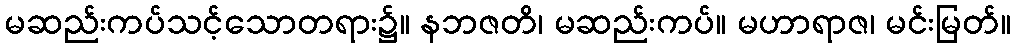
မဆည်းကပ်သင့်သောတရား၌။ နဘဇတိ၊ မဆည်းကပ်။ မဟာရာဇ၊ မင်းမြတ်။